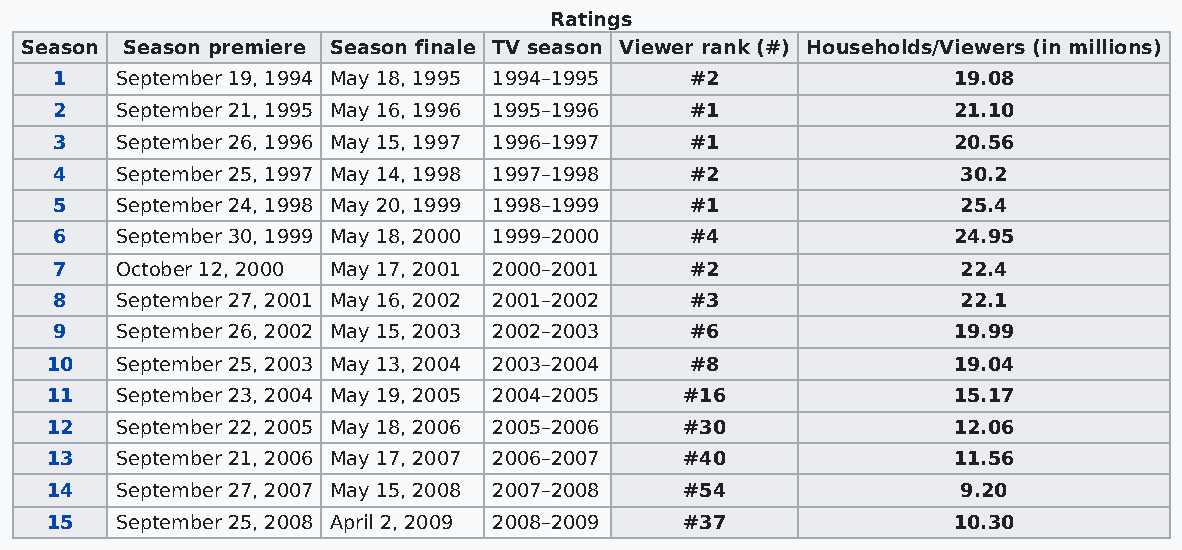
Ratings
 Season Season premiere Season finale TV season Viewer rank (#) Households/Viewers (in millions)
 1   September 19, 1994 May 18, 1995 1994–1995 #2           19.08
 2   September 21, 1995 May 16, 1996 1995–1996 #1           21.10
 3   September 26, 1996 May 15, 1997 1996–1997 #1           20.56
 4   September 25, 1997 May 14, 1998 1997–1998 #2            30.2
 5   September 24, 1998 May 20, 1999 1998–1999 #1            25.4
 6   September 30, 1999 May 18, 2000 1999–2000 #4           24.95
 7   October 12, 2000 May 17, 2001 2000–2001 #2              22.4
 8   September 27, 2001 May 16, 2002 2001–2002 #3            22.1
 9   September 26, 2002 May 15, 2003 2002–2003 #6           19.99
 10   September 25, 2003 May 13, 2004 2003–2004 #8           19.04
 11   September 23, 2004 May 19, 2005 2004–2005 #16          15.17
 12   September 22, 2005 May 18, 2006 2005–2006 #30          12.06
 13   September 21, 2006 May 17, 2007 2006–2007 #40          11.56
 14   September 27, 2007 May 15, 2008 2007–2008 #54           9.20
 15   September 25, 2008 April 2, 2009 2008–2009 #37         10.30